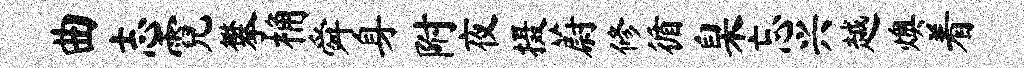
曲志霓攀桷舜身附夜摄蔚修循臬忘兴越燠着